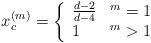
LaTeX: \begin{align*} x_c^{(m)} = \left\{ \begin{array}{ll} \frac{d-2}{d-4} & \sp m =1 \\ 1 & \sp m > 1 \end{array}\right.\end{align*}